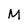
Character: M